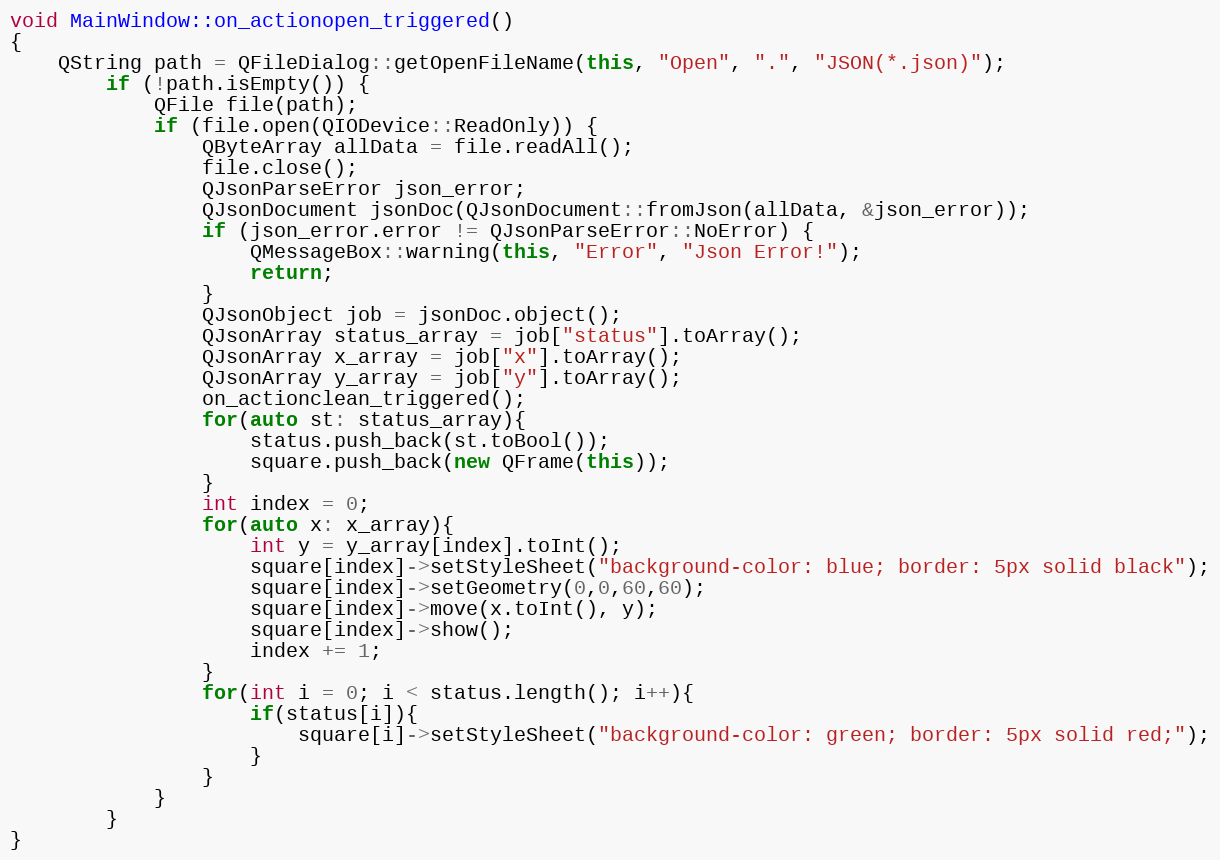
Language: C++
void MainWindow::on_actionopen_triggered()
{
    QString path = QFileDialog::getOpenFileName(this, "Open", ".", "JSON(*.json)");
        if (!path.isEmpty()) {
            QFile file(path);
            if (file.open(QIODevice::ReadOnly)) {
                QByteArray allData = file.readAll();
                file.close();
                QJsonParseError json_error;
                QJsonDocument jsonDoc(QJsonDocument::fromJson(allData, &json_error));
                if (json_error.error != QJsonParseError::NoError) {
                    QMessageBox::warning(this, "Error", "Json Error!");
                    return;
                }
                QJsonObject job = jsonDoc.object();
                QJsonArray status_array = job["status"].toArray();
                QJsonArray x_array = job["x"].toArray();
                QJsonArray y_array = job["y"].toArray();
                on_actionclean_triggered();
                for(auto st: status_array){
                    status.push_back(st.toBool());
                    square.push_back(new QFrame(this));
                }
                int index = 0;
                for(auto x: x_array){
                    int y = y_array[index].toInt();
                    square[index]->setStyleSheet("background-color: blue; border: 5px solid black");
                    square[index]->setGeometry(0,0,60,60);
                    square[index]->move(x.toInt(), y);
                    square[index]->show();
                    index += 1;
                }
                for(int i = 0; i < status.length(); i++){
                    if(status[i]){
                        square[i]->setStyleSheet("background-color: green; border: 5px solid red;");
                    }
                }
            }
        }
}